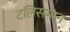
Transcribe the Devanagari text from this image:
टलिसमान